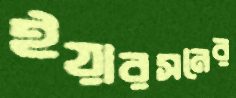
ইয়ারসনের